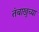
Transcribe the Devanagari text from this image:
तंबाखुच्या